Leaving Certificate Examination (including Day School Certificate (Higher) General paper), 1926
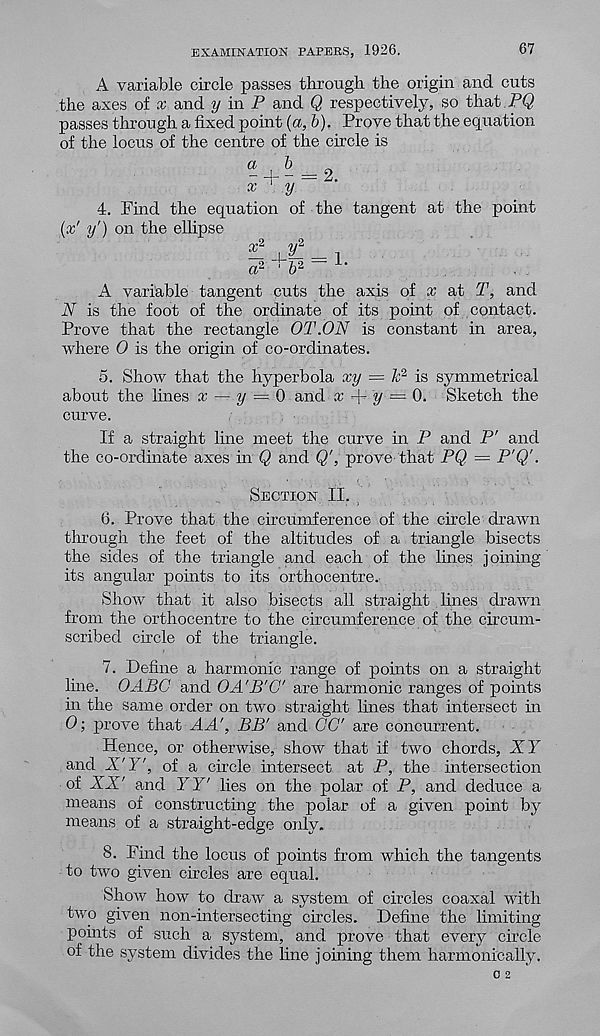
EXAMINATION PAPERS, 1926.
67
A variable circle passes through the origin and cuts
the axes of x and y in P and Q respectively, so that PQ
passes through a fixed point {a, b). Prove that the equation
of the locus of the centre of the circle is
- + - = 2.
x
y
4. Find the equation of the tangent at the point
(x' y') on the ellipse
cc 2 J/2
a 2 r b 2 ~
A variable tangent cuts the axis of x at T, and
N is the foot of the ordinate of its point of contact.
Prove that the rectangle OT.ON is constant in area,
where 0 is the origin of co-ordinates.
5. Show that the hyperbola xy = k 2 is symmetrical
about the lines x ~ y = 0 and x
y = 0. Sketch the
curve.
If a straight line meet the curve in P and P' and
the co-ordinate axes in Q and Q', prove that PQ. = P’Q'■
Section II.
6. Prove that the circumference of the circle drawn
through the feet of the altitudes of a triangle bisects
the sides of the triangle and each of the lines joining
its angular points to its orthocentre.
Show that it also bisects all straight lines drawn
from the orthocentre to the circumference of the circum-
scribed circle of the triangle.
7. Define a harmonic range of points on a straight
line. OABG and OA'B'C' are harmonic ranges of points
in the same order on two straight lines that intersect in
0; prove that AA', BB' and CC are concurrent.
Hence, or otherwise, show that if two chords, XY
and X'Y', of a circle intersect at P, the intersection
of XX' and YT lies on the polar of P, and deduce a
means of constructing the polar of a given point by
means of a straight-edge only.
8. Find the locus of points from which the tangents
to two given circles are equal.
Show how to draw a system of circles coaxal with
two given non-intersecting circles. Define the limiting
points of such a system, and prove that every circle
of the system divides the line joining them harmonically.